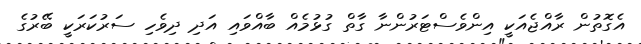
އެގޮތުން ރާއްޖެއަކީ އިންވެސްޓަރުންނާ ގާތް ގުޅުމެއް ބާއްވައި އަދި ދިވެހި ސަރުކަރަކީ ބޭރުގެ